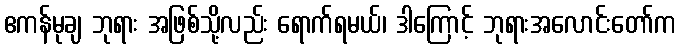
ဧကန်မုချ ဘုရား အဖြစ်သို့လည်း ရောက်ရမယ်၊ ဒါကြောင့် ဘုရားအလောင်းတော်က